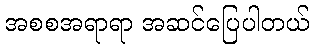
အစစအရာရာ အဆင်ပြေပါတယ်